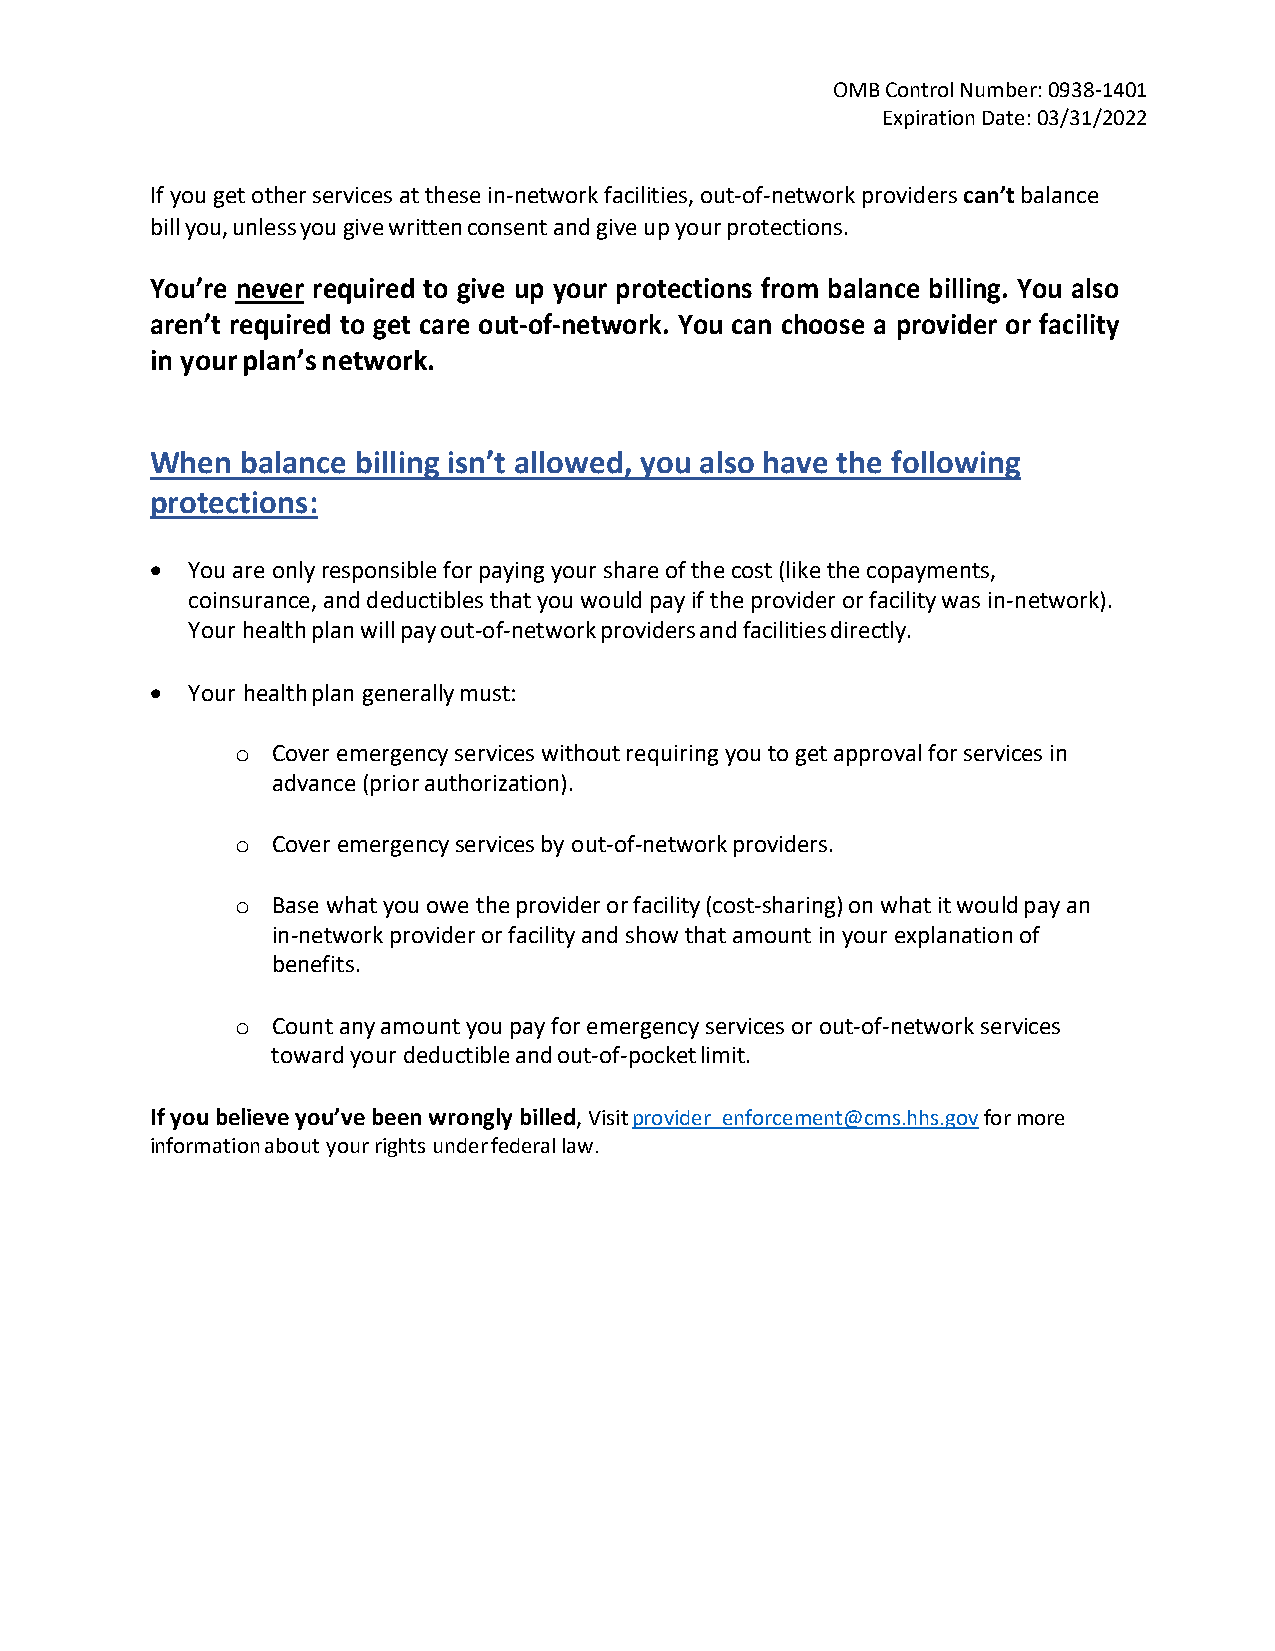
OMB Control Number: 0938-1401
 Expiration Date: 03/31/2022
 If you get other services at these in-network facilities, out-of-network providers can’t balance
 bill you, unless you give written consent and give up your protections.
 You’re never required to give up your protections from balance billing. You also
 aren’t required to get care out-of-network. You can choose a provider or facility
 in your plan’s network.
 When  balance billing isn’t allowed, you also have the following
 protections:
 • You are only responsible for paying your share of the cost (like the copayments,
 coinsurance, and deductibles that you would pay if the provider or facility was in-network).
 Your health plan will pay out-of-network providers and facilities directly.
 • Your health plan generally must:
 Cover emergency services without requiring you to get approval for services in
 o
 advance (prior authorization).
 Cover emergency services by out-of-network providers.
 o
 Base what you owe the provider or facility (cost-sharing) on what it would pay an
 o
 in-network provider or facility and show that amount in your explanation of
 benefits.
 Count any amount you pay for emergency services or out-of-network services
 o
 toward your deductible and out-of-pocket limit.
 If you believe you’ve been wrongly billed, Visit provider_enforcement@cms.hhs.gov for more
 information about your rights under federal law.